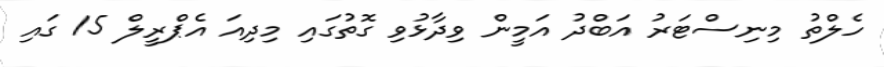
ހެލްތު މިނިސްޓަރު އަބްދު އަމީން ވިދާޅުވި ގޮތުގައި މިދިއަ އެޕްރީލް 15 ގައި